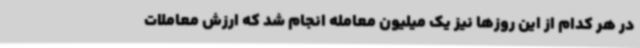
در هر کدام از این روزها نیز یک میلیون معامله انجام شد که ارزش معاملات